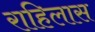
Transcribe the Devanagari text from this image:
राहिलास